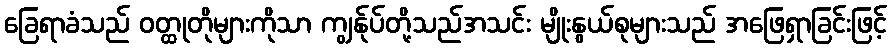
ခြေရာခံသည် ဝတ္ထုတိုများကိုသာ ကျွန်ုပ်တို့သည်အသင်း မျိုးနွယ်စုများသည် အဖြေရှာခြင်းဖြင့်